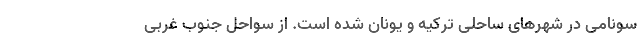
سونامی در شهر‌های ساحلی ترکیه و یونان شده است. از سواحل جنوب غربی